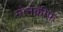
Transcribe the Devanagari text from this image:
मोनक्रीफ़